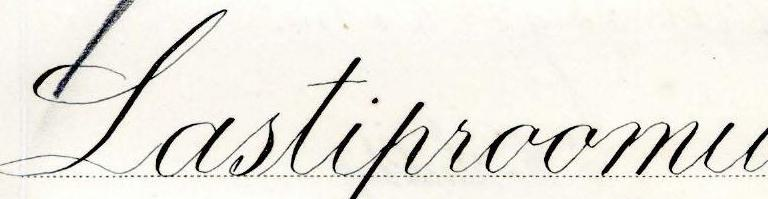
Lastiproomu